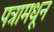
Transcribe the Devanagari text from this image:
पत्रामधून